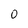
Character: 0